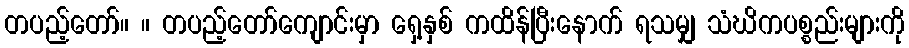
တပည့်တော်။ ။ တပည့်တော်ကျောင်းမှာ ရှေ့နှစ် ကထိန်ပြီးနောက် ရသမျှ သံဃိကပစ္စည်းများကို